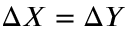
\Delta X = \Delta Y